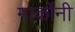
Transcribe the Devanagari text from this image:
मार्कोंनी